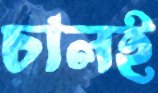
চালই